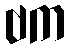
ဗက